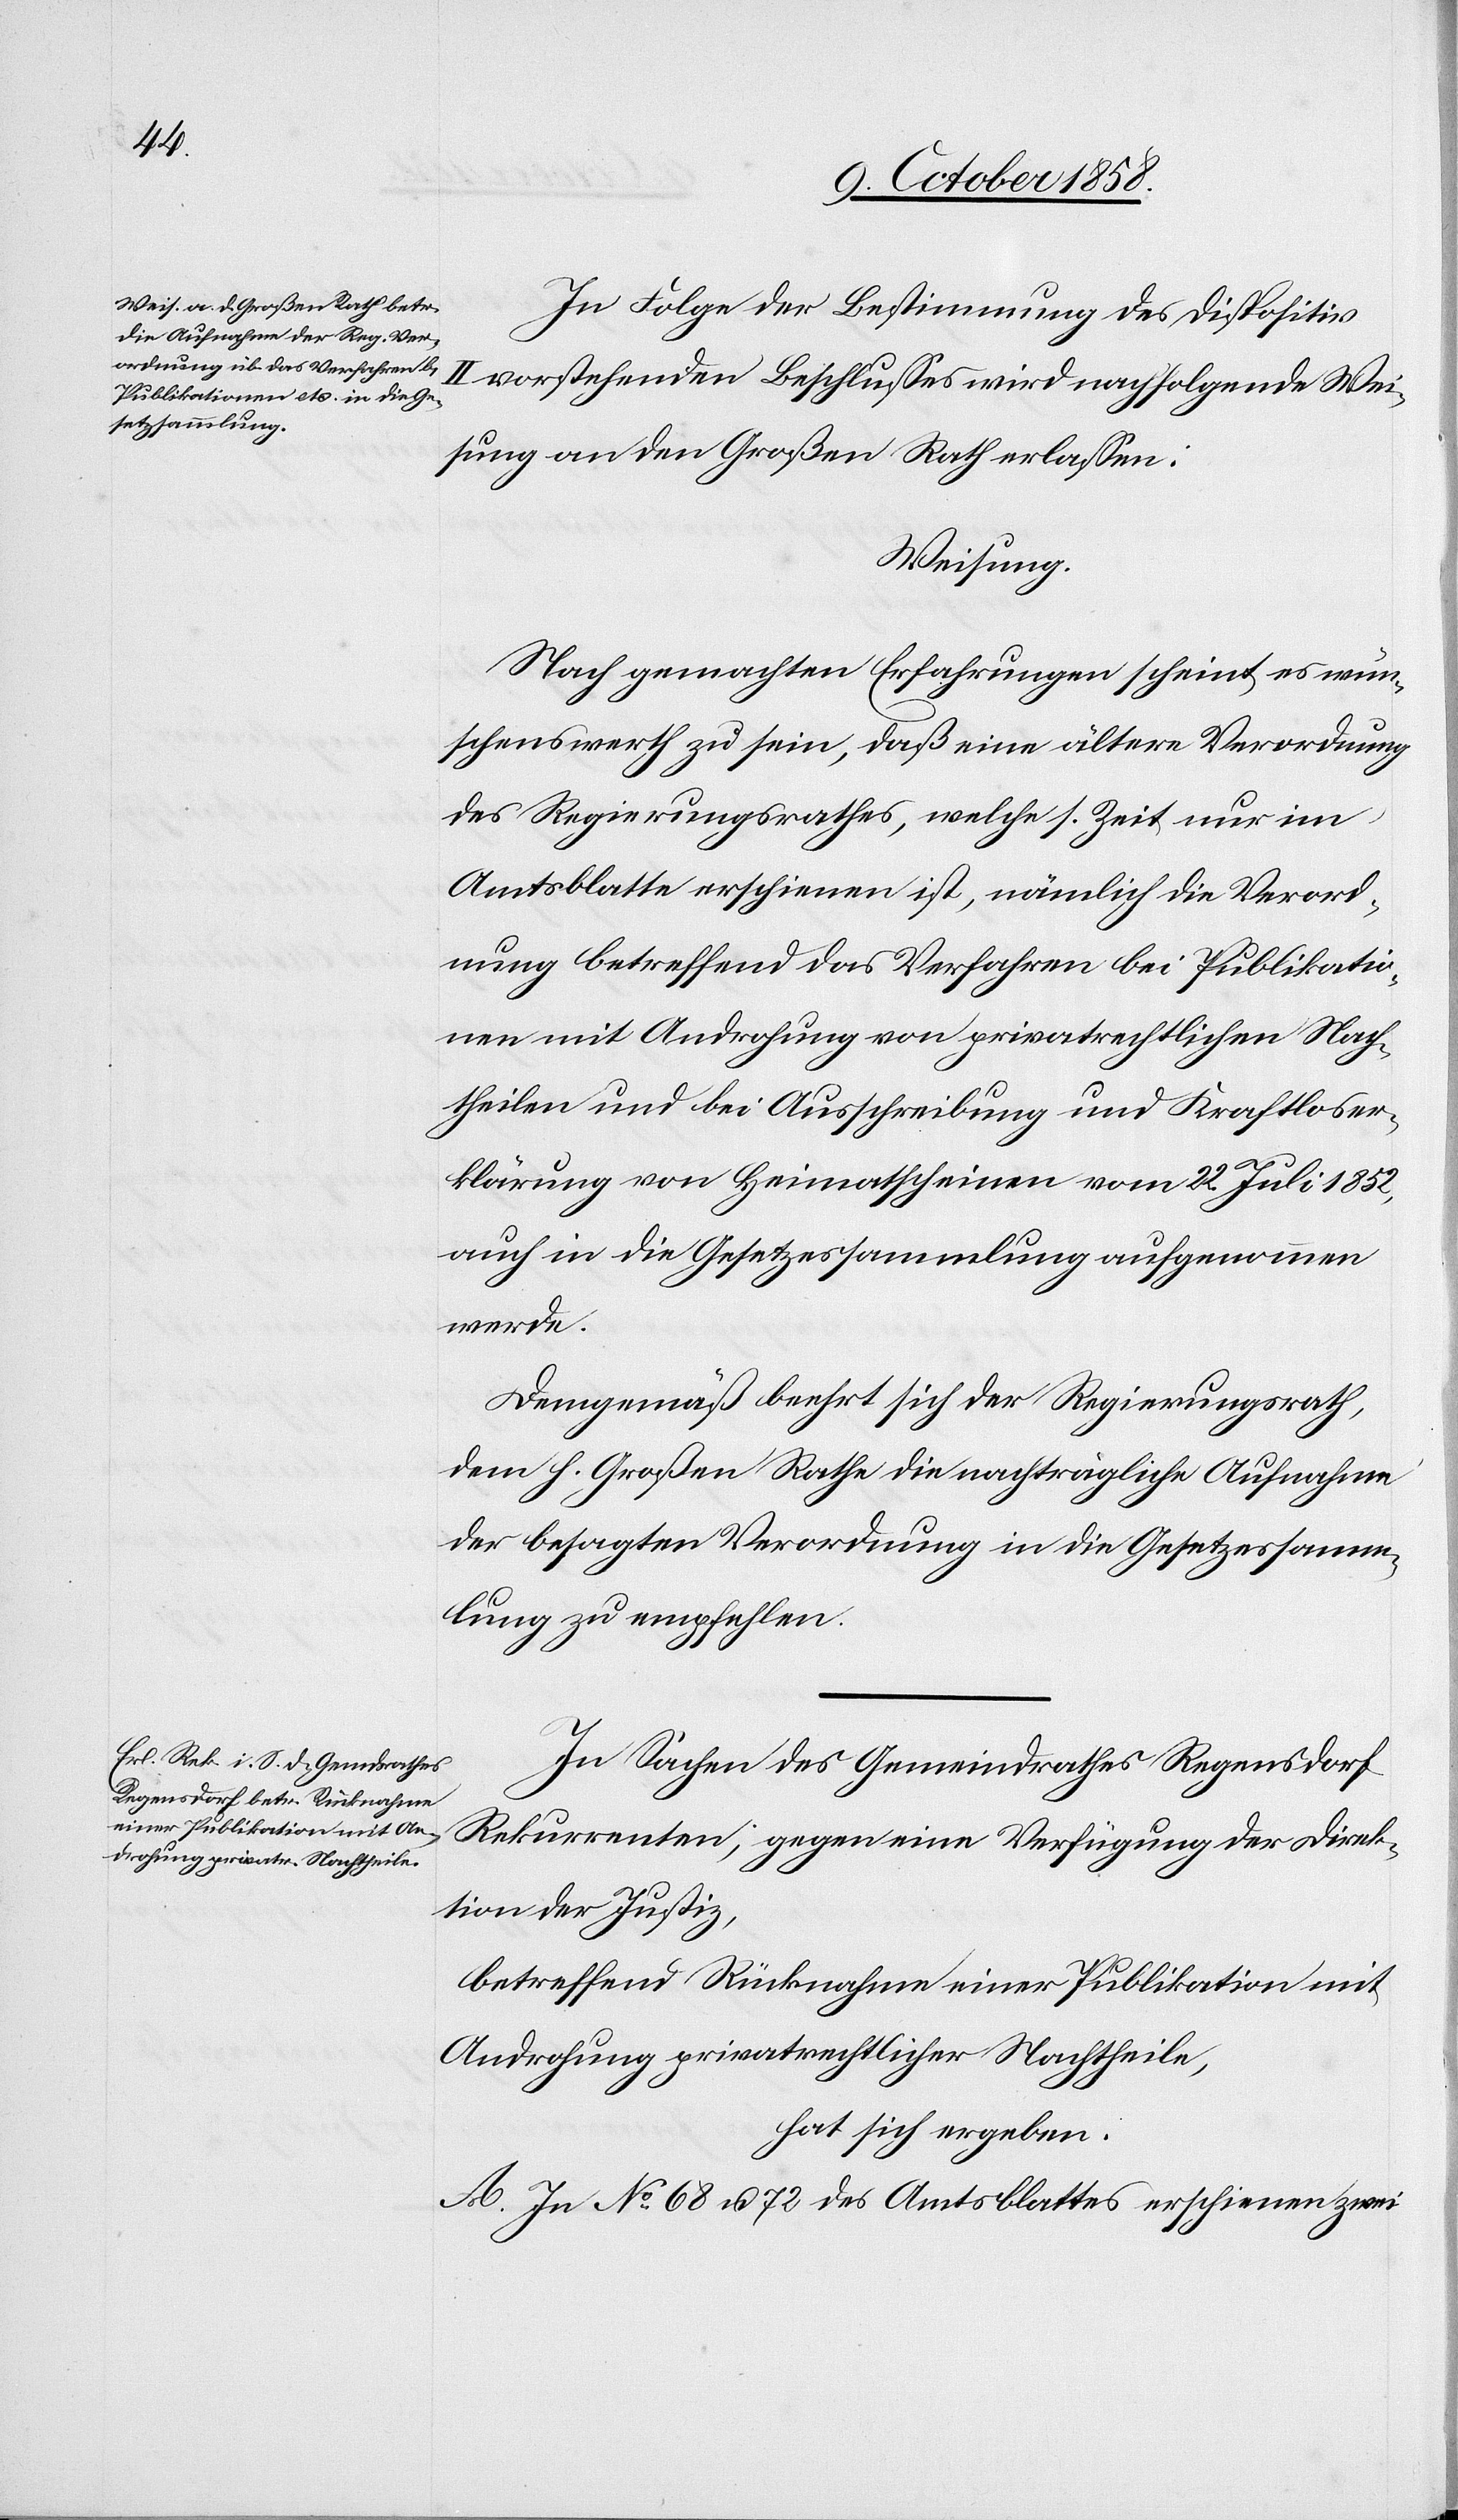
In Folge der Bestimmung des Dispositiv
II vorstehenden Beschlusses wird nachfolgende Wei¬
sung an den Großen Rath erlassen:
Weisung.
Nach gemachten Erfahrungen scheint es wün¬
schenswerth zu sein, daß eine ältere Verordnung
des Regierungsrathes, welche s. Zeit nur im
Amtsblatte erschienen ist, nämlich die Verord¬
nung betreffend das Verfahren bei Publikatio¬
nen mit Androhung von privatrechtlichen Nach¬
theilen und bei Ausschreibung und Kraftloser¬
klärung von Heimatscheinen vom 22. Juli 1852,
auch in die Gesetzessammlung aufgenommen
werde.
Demgemäß beehrt sich der Regierungsrath,
dem h. Großen Rathe die nachträgliche Aufnahme
der besagten Verordnung in die Gesetzessamm¬
lung zu empfehlen.
In Sachen des Gemeindrathes Regensdorf
Rekurrenten, gegen eine Verfügung der Direk¬
tion der Justiz,
betreffend Rücknahme einer Publikation mit
Androhung privatrechtlicher Nachtheile,
hat sich ergeben:
A. In No. 68 u. 72 des Amtsblattes erschienen zwei